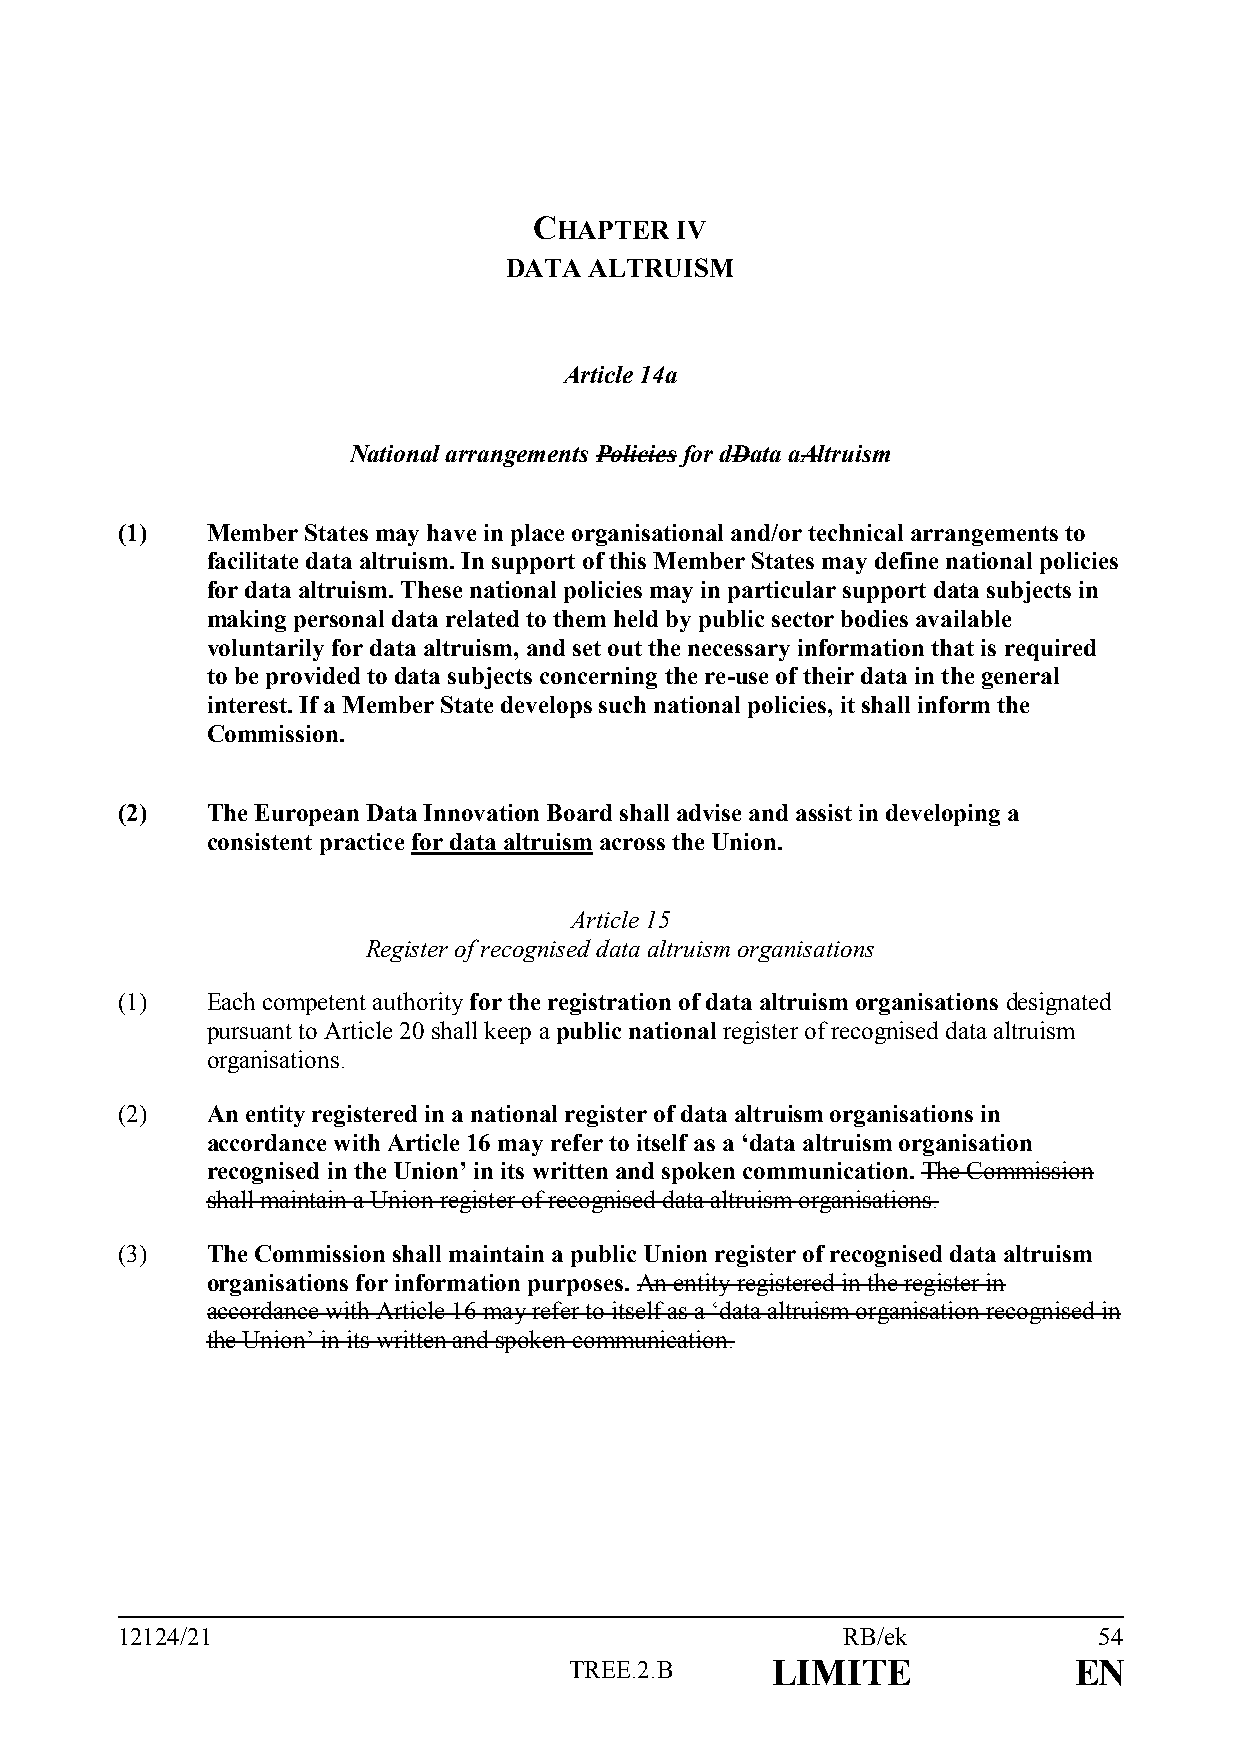
CHAPTER   IV
 DATA  ALTRUISM
 Article 14a
 National arrangements Policies for dData aAltruism
 (1)   Member States may have in place organisational and/or technical arrangements to
 facilitate data altruism. In support of this Member States may define national policies
 for data altruism. These national policies may in particular support data subjects in
 making personal data related to them held by public sector bodies available
 voluntarily for data altruism, and set out the necessary information that is required
 to be provided to data subjects concerning the re-use of their data in the general
 interest. If a Member State develops such national policies, it shall inform the
 Commission.
 (2)   The European Data Innovation Board shall advise and assist in developing a
 consistent practice for data altruism across the Union.
 Article 15
 Register of recognised data altruism organisations
 (1)   Each competent authority for the registration of data altruism organisations designated
 pursuant to Article 20 shall keep a public national register of recognised data altruism
 organisations.
 (2)   An entity registered in a national register of data altruism organisations in
 accordance with Article 16 may refer to itself as a ‘data altruism organisation
 recognised in the Union’ in its written and spoken communication. The Commission
 shall maintain a Union register of recognised data altruism organisations.
 (3)   The Commission shall maintain a public Union register of recognised data altruism
 organisations for information purposes. An entity registered in the register in
 accordance with Article 16 may refer to itself as a ‘data altruism organisation recognised in
 the Union’ in its written and spoken communication.
 12124/21                                        RB/ek            54
 TREE.2.B     LIMITE              EN